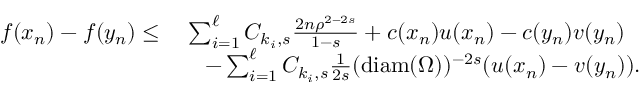
\begin{array} { r l } { f ( x _ { n } ) - f ( y _ { n } ) \leq } & { \; \sum _ { i = 1 } ^ { \ell } C _ { k _ { i } , s } \frac { 2 n \rho ^ { 2 - 2 s } } { 1 - s } + c ( x _ { n } ) u ( x _ { n } ) - c ( y _ { n } ) v ( y _ { n } ) } \\ & { \quad - \sum _ { i = 1 } ^ { \ell } C _ { k _ { i } , s } \frac { 1 } { 2 s } ( \mathrm { d i a m } ( \Omega ) ) ^ { - 2 s } ( u ( x _ { n } ) - v ( y _ { n } ) ) . } \end{array}